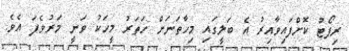
ރިޕޯޓު ކޮށްފައިވާއިރު އެ ބަލީގައި މިހާތަނަށް ހަތަރު މީހަކު ވަނީ މަރުވެފަ އެވެ.